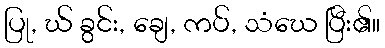
ပြု, ဃ် ခွင်း, ချေ, ကပ်, သံဃေ ပြီး၏။